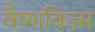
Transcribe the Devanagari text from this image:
वैष्णविज़्म